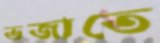
ভজাতে